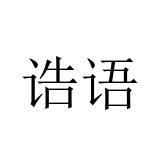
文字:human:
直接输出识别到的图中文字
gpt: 诰语